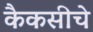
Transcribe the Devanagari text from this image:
कैकसीचे